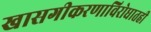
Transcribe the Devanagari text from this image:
खासगीकरणाविरोधातही